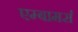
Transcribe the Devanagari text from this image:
एम्बामर्स